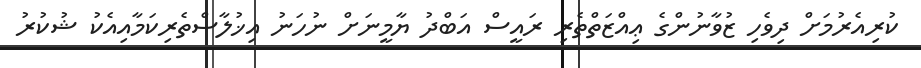
ކުރިއެރުމަށް ދިވެހި ޒުވާނުންގެ ޢިއްޒަތްތެރި ރައީސް އަބްދު ޔާމީނަށް ނުހަނު އިޚުލާސްތެރިކަމާއިއެކު ޝުކުރު